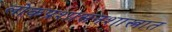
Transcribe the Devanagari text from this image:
लोकप्रशासनशास्त्रात